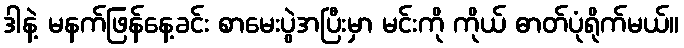
ဒါနဲ့ မနက်ဖြန်နေ့ခင်း စာမေးပွဲအပြီးမှာ မင်းကို ကိုယ် ဓာတ်ပုံရိုက်မယ်။